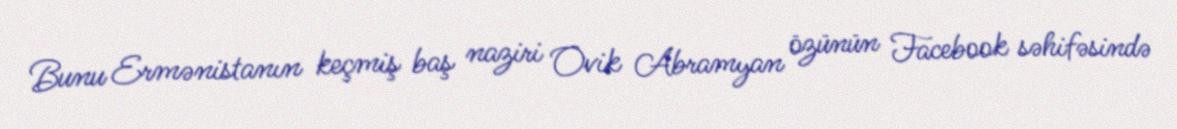
Bunu Ermənistanın keçmiş baş naziri Ovik Abramyan özünün Facebook səhifəsində